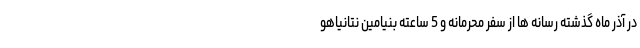
در آذر ماه گذشته رسانه ها از سفر محرمانه و 5 ساعته بنیامین نتانیاهو